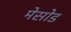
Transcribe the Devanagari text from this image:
मेसोड